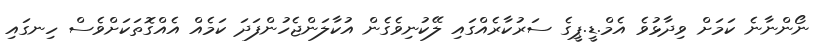
ނޯންނާނެ ކަމަށް ވިދާޅުވެ އެމް.ޑީ.ޕީގެ ސަރުކާރެއްގައި ލޭކުނިވެގެން އުކާލަންޖެހުންފަދަ ކަމެއް އެއްގޮތަކަށްވެސް ހިނގައި